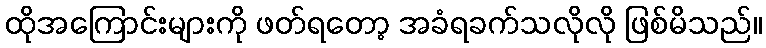
ထိုအကြောင်းများကို ဖတ်ရတော့ အခံရခက်သလိုလို ဖြစ်မိသည်။